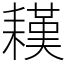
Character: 䎯